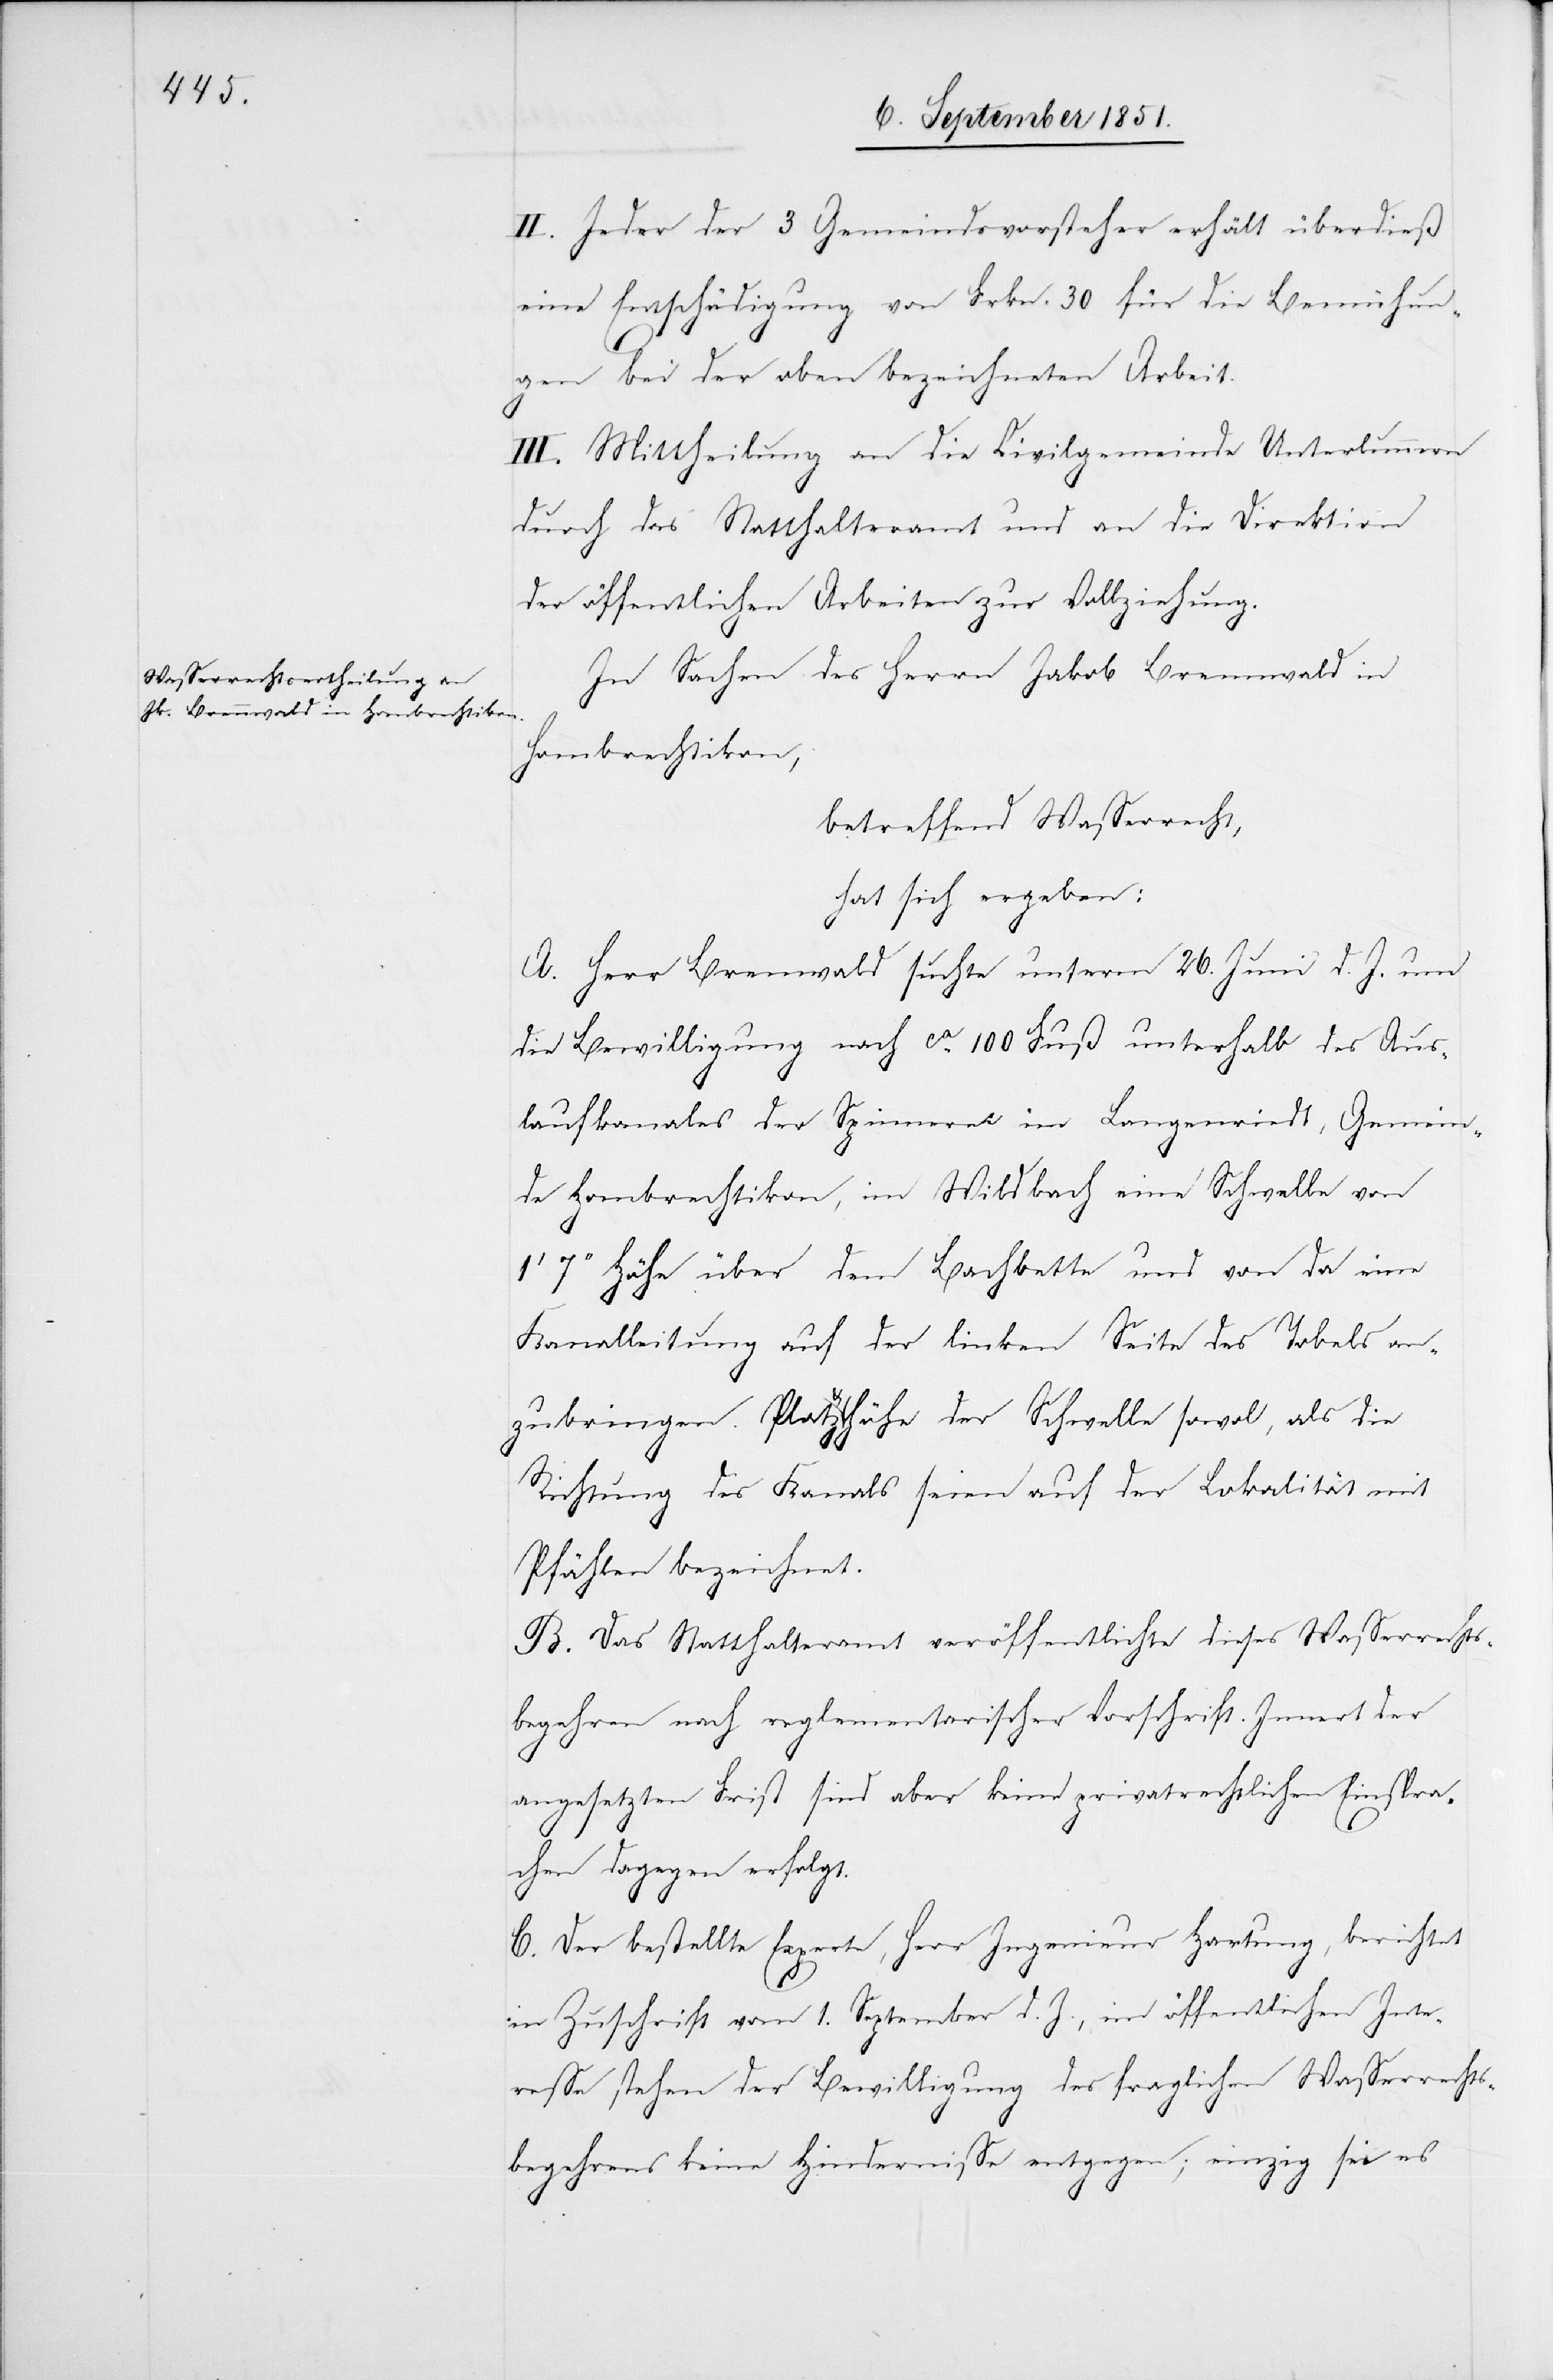
II. Jeder der 3 Gemeindsvorsteher erhält überdieß
eine Entschädigung von Frkn. 30 für die Bemühun¬
gen bei der oben bezeichneten Arbeit.
III. Mittheilung an die Civilgemeinde Unterlunnern
durch das Statthalteramt und an die Direktion
der öffentlichen Arbeiten zur Vollziehung.
In Sachen des Herrn Jakob Brennwald in
Hombrechtikon,
betreffend Wasserrecht,
hat sich ergeben:
A. Herr Brennwald suchte unterm 26. Juni d. J. um
die Bewilligung nach ca. 100 Fuß unterhalb des Aus¬
laufkanales der Spinnerei im Langenriedt, Gemein¬
de Hombrechtikon, im Wildbach eine Schwelle von
7‘‘ Höhe über dem Bachbette und von da eine
Kanalleitung auf der linken Seite des Tobels an¬
zubringen. Platz & Höhe der Schwelle sowo[h]l, als die
Richtung des Kanals seien auf der Lokalität mit
Pfählen bezeichnet.
B. Das Statthalteramt veröffentlichte dieses Wasserrechts¬
begehren nach reglementarischer Vorschrift. Innert der
angesetzten Frist sind aber keine privatrechtlichen Einspra¬
chen dagegen erfolgt.
C. Der bestellte Experte, Herr Ingenieur Hartung, berichtet
in Zuschrift vom 1. September d. J., im öffentlichen Inte¬
resse stehen der Bewilligung des fraglichen Wasserrechts¬
begehrens keine Hindernisse entgegen; einzig sei es